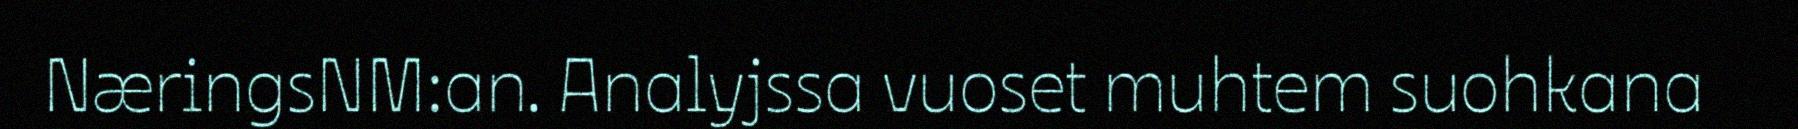
NæringsNM:an. Analyjssa vuoset muhtem suohkana